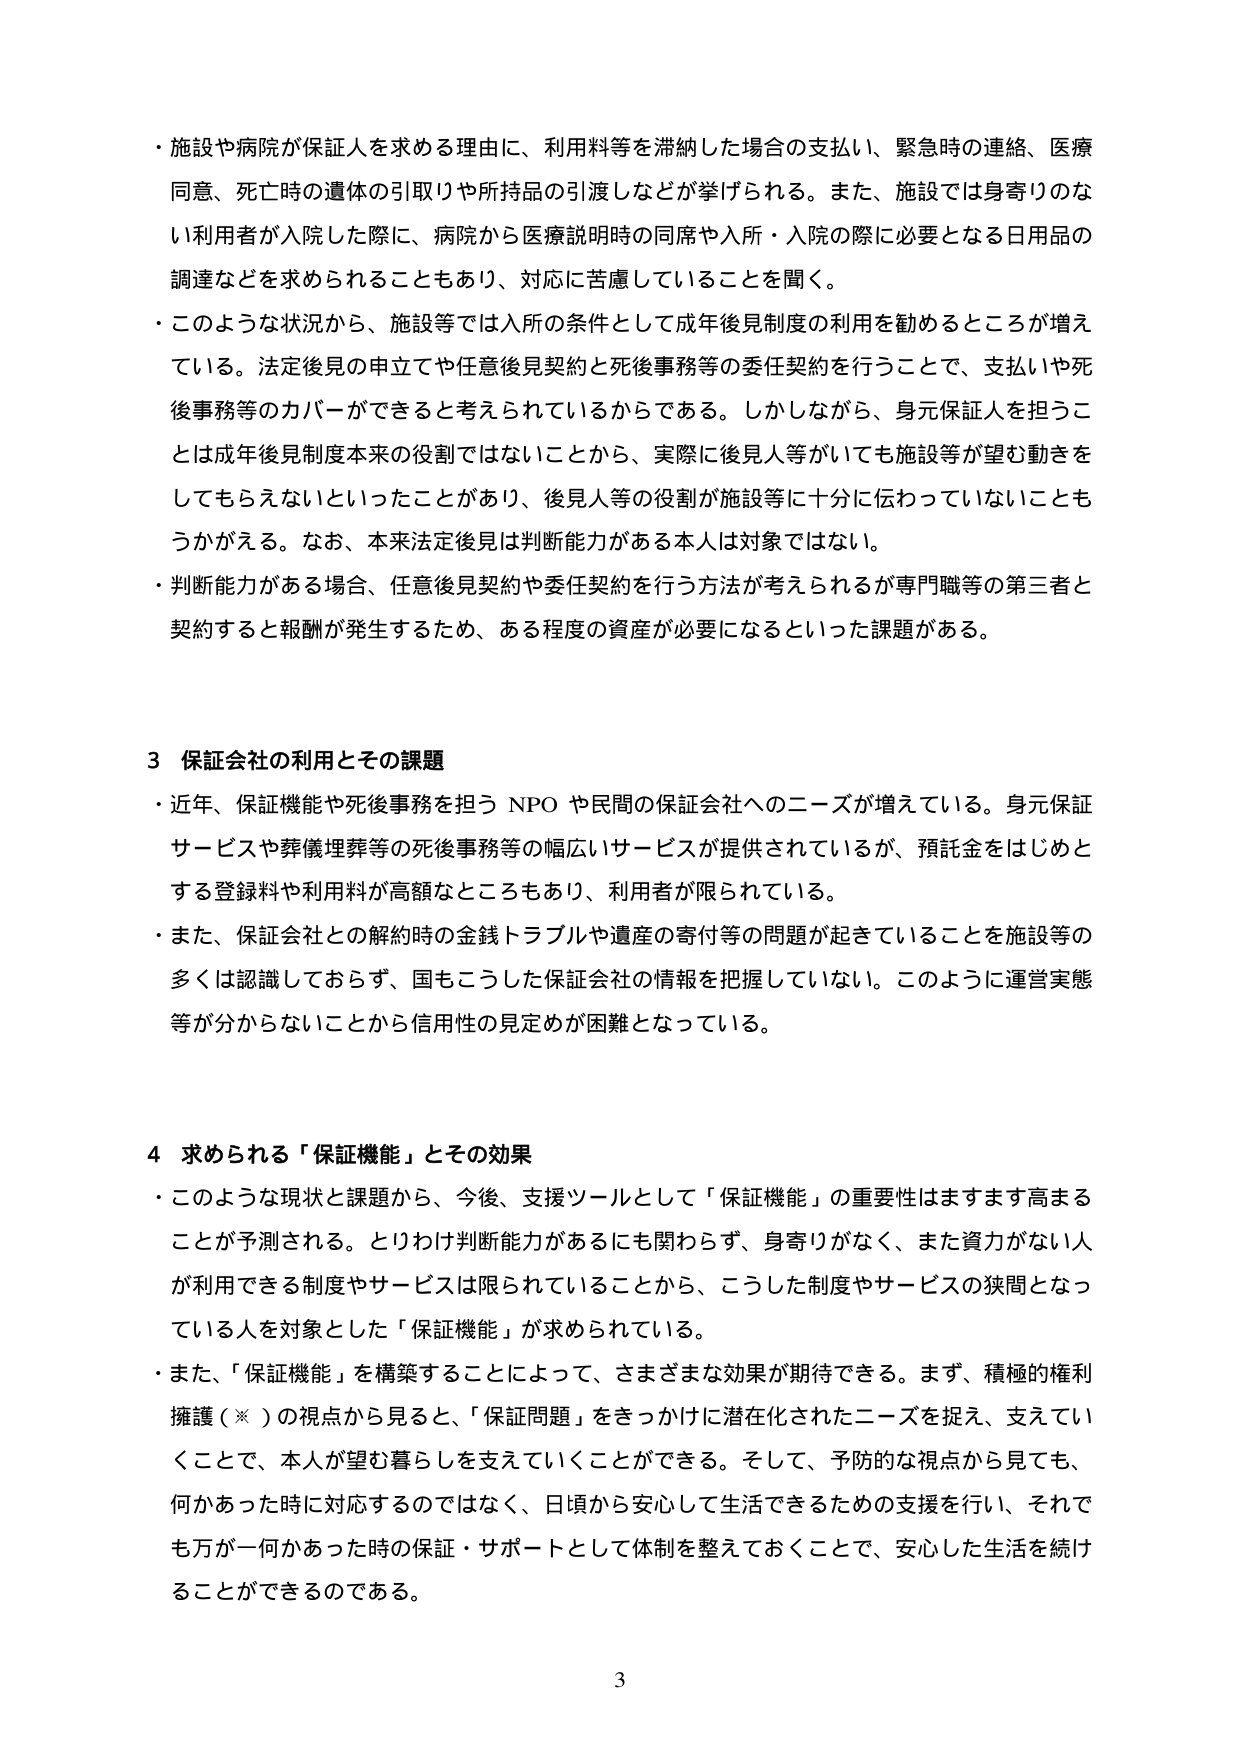
・施設や病院が保証人を求める理由に、利用料等を滞納した場合の支払い、緊急時の連絡、医療同意、死亡時の遺体の引取りや所持品の引渡しなどが挙げられる。また、施設では身寄りのない利用者が入院した際に、病院から医療説明時の同席や入所・入院の際に必要となる日用品の調達などを求められることもあり、対応に苦慮していることを聞く。

・このような状況から、施設等では入所の条件として成年後見制度の利用を勧めるところが増えている。法定後見の申立てや任意後見契約と死後事務等の委任契約を行うことで、支払いや死後事務等のカバーができると考えられているからである。しかしながら、身元保証人を担うことは成年後見制度本来の役割ではないことから、実際に後見人等がいても施設等が望む動きをしてもらえないといったことがあり、後見人等の役割が施設等に十分に伝わっていないこともうかがえる。なお、本来法定後見は判断能力がある本人は対象ではない。

・判断能力がある場合、任意後見契約や委任契約を行う方法が考えられるが専門職等の第三者と契約すると報酬が発生するため、ある程度の資産が必要になるといった課題がある。

3 保証会社の利用とその課題

・近年、保証機能や死後事務を担う NPO や民間の保証会社へのニーズが増えている。身元保証サービスや葬儀埋葬等の死後事務等の幅広いサービスが提供されているが、預託金をはじめとする登録料や利用料が高額なところもあり、利用者が限られている。

・また、保証会社との解約時の金銭トラブルや遺産の寄付等の問題が起きていることを施設等の多くは認識しておらず、国もこうした保証会社の情報を把握していない。このように運営実態等が分からないことから信用性の見定めが困難となっている。

4 求められる「保証機能」とその効果

・このような現状と課題から、今後、支援ツールとして「保証機能」の重要性はますます高まることが予測される。とりわけ判断能力があるにも関わらず、身寄りがなく、また資力がない人が利用できる制度やサービスは限られていることから、こうした制度やサービスの狭間となっている人を対象とした「保証機能」が求められている。

・また、「保証機能」を構築することによって、さまざまな効果が期待できる。まず、積極的権利擁護（※）の視点から見ると、「保証問題」をきっかけに潜在化されたニーズを捉え、支えていくことで、本人が望む暮らしを支えていくことができる。そして、予防的な視点から見ても、何かあった時に対応するのではなく、日頃から安心して生活できるための支援を行い、それでも万が一何かあった時の保証・サポートとして体制を整えておくことで、安心した生活を続けることができるのである。

3